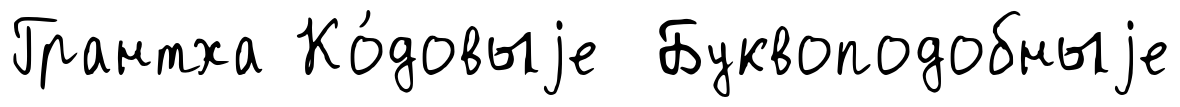
Грантха Ко́довыjе Буквоподобныjе